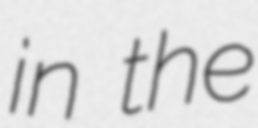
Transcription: in the